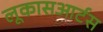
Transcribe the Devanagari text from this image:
लूकासआर्टस